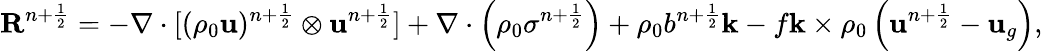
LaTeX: \mathbf{R}^{n+\frac{1}{2}}=-\nabla\cdot[(\rho_{0}\mathbf{u})^{n+\frac{1}{2}}\otimes\mathbf{u}^{n+\frac{1}{2}}]+\nabla\cdot\left(\rho_{0}\sigma^{n+\frac{1}{2}}\right)+\rho_{0}b^{n+\frac{1}{2}}\mathbf{k}-f\mathbf{k}\times\rho_{0}\left(\mathbf{u}^{n+\frac{1}{2}}-\mathbf{u}_{g}\right),